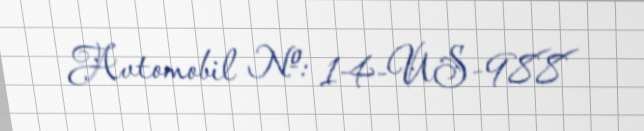
Avtomobil №: 14-US-988